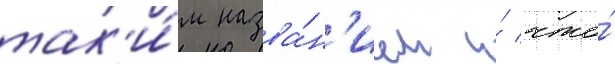
так'и́м назва́н'ием и́ что́